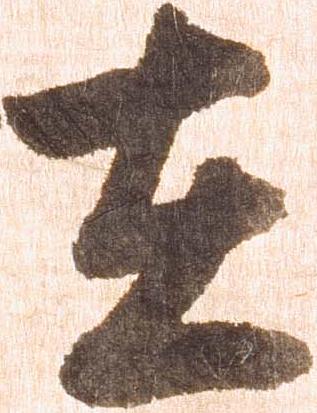
在